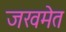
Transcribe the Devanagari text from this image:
जखमेत